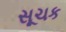
સૂચક